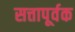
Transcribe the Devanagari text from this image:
सत्तापूर्वक